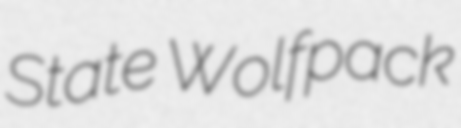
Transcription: State Wolfpack